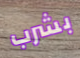
بشرب